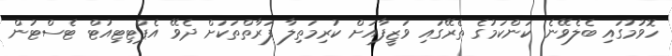
ހޮވުމުގައި ބެލެވޭނެ ކަންކަމުގެ ތެރޭގައި ވަޒީފާއަށް ކުރިމަތިލާ ފަރާތްތަކަށް ދެވޭ އެޕްޓިޓިއުޓް ޓެސްޓުން